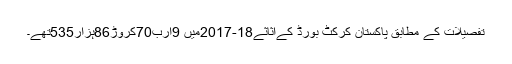
تفصیلات کے مطابق پاکستان کرکٹ بورڈ کےاثاثے18-2017میں 9ارب70کروڑ86ہزار535تھے۔